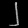
Digit: ၂